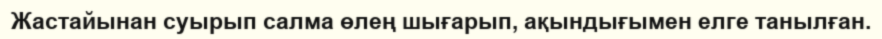
Жастайынан суырып салма өлең шығарып, ақындығымен елге танылған.